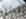
لكن